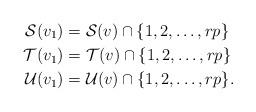
LaTeX: \begin{align*}\mathcal S(v_1) &= \mathcal S(v) \cap \{1,2,\ldots,rp\}\\\mathcal T(v_1) &= \mathcal T(v) \cap \{1,2,\ldots,rp\}\\\mathcal U(v_1) &= \mathcal U(v) \cap \{1,2,\ldots,rp\}.\end{align*}